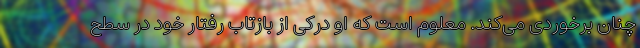
چنان برخوردی می‌کند. معلوم است که او درکی از بازتاب رفتار خود در سطح